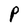
Character: P